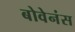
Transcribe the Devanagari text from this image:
बोवेनंस